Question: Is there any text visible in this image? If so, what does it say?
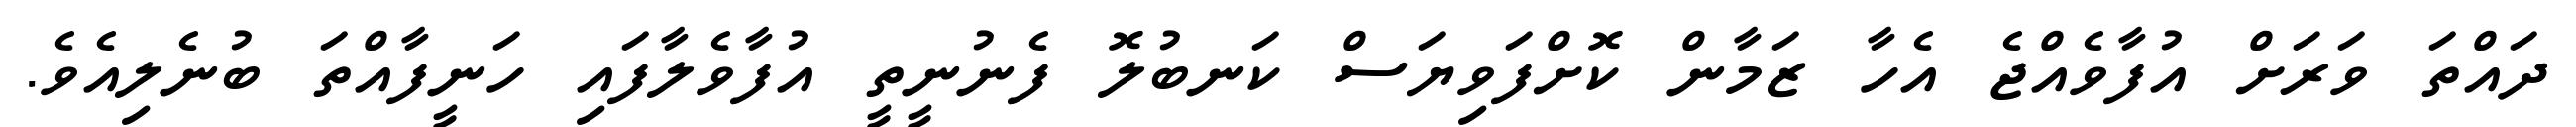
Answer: ދައްތަ ވަރަށް އުފާވެއްޖެ އެހާ ޒަމާން ކޮށްފަވިޔަސް ކަނބުލޮ ފެނުނީތީ އުފާވެލާފައި ހަނީފާއްތަ ބުނެލިއެވެ.